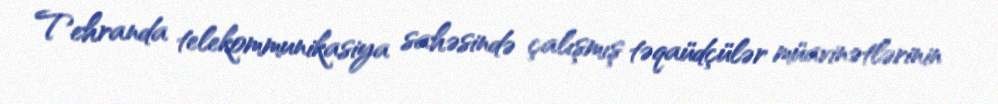
Tehranda telekommunikasiya sahəsində çalışmış təqaüdçülər müavinətlərinin